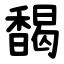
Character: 馤